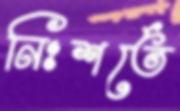
নিঃশর্তে